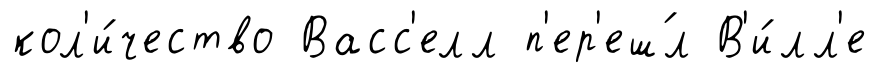
кол'и́чество Васс'елл п'ер'еш́л В'и́лл'е